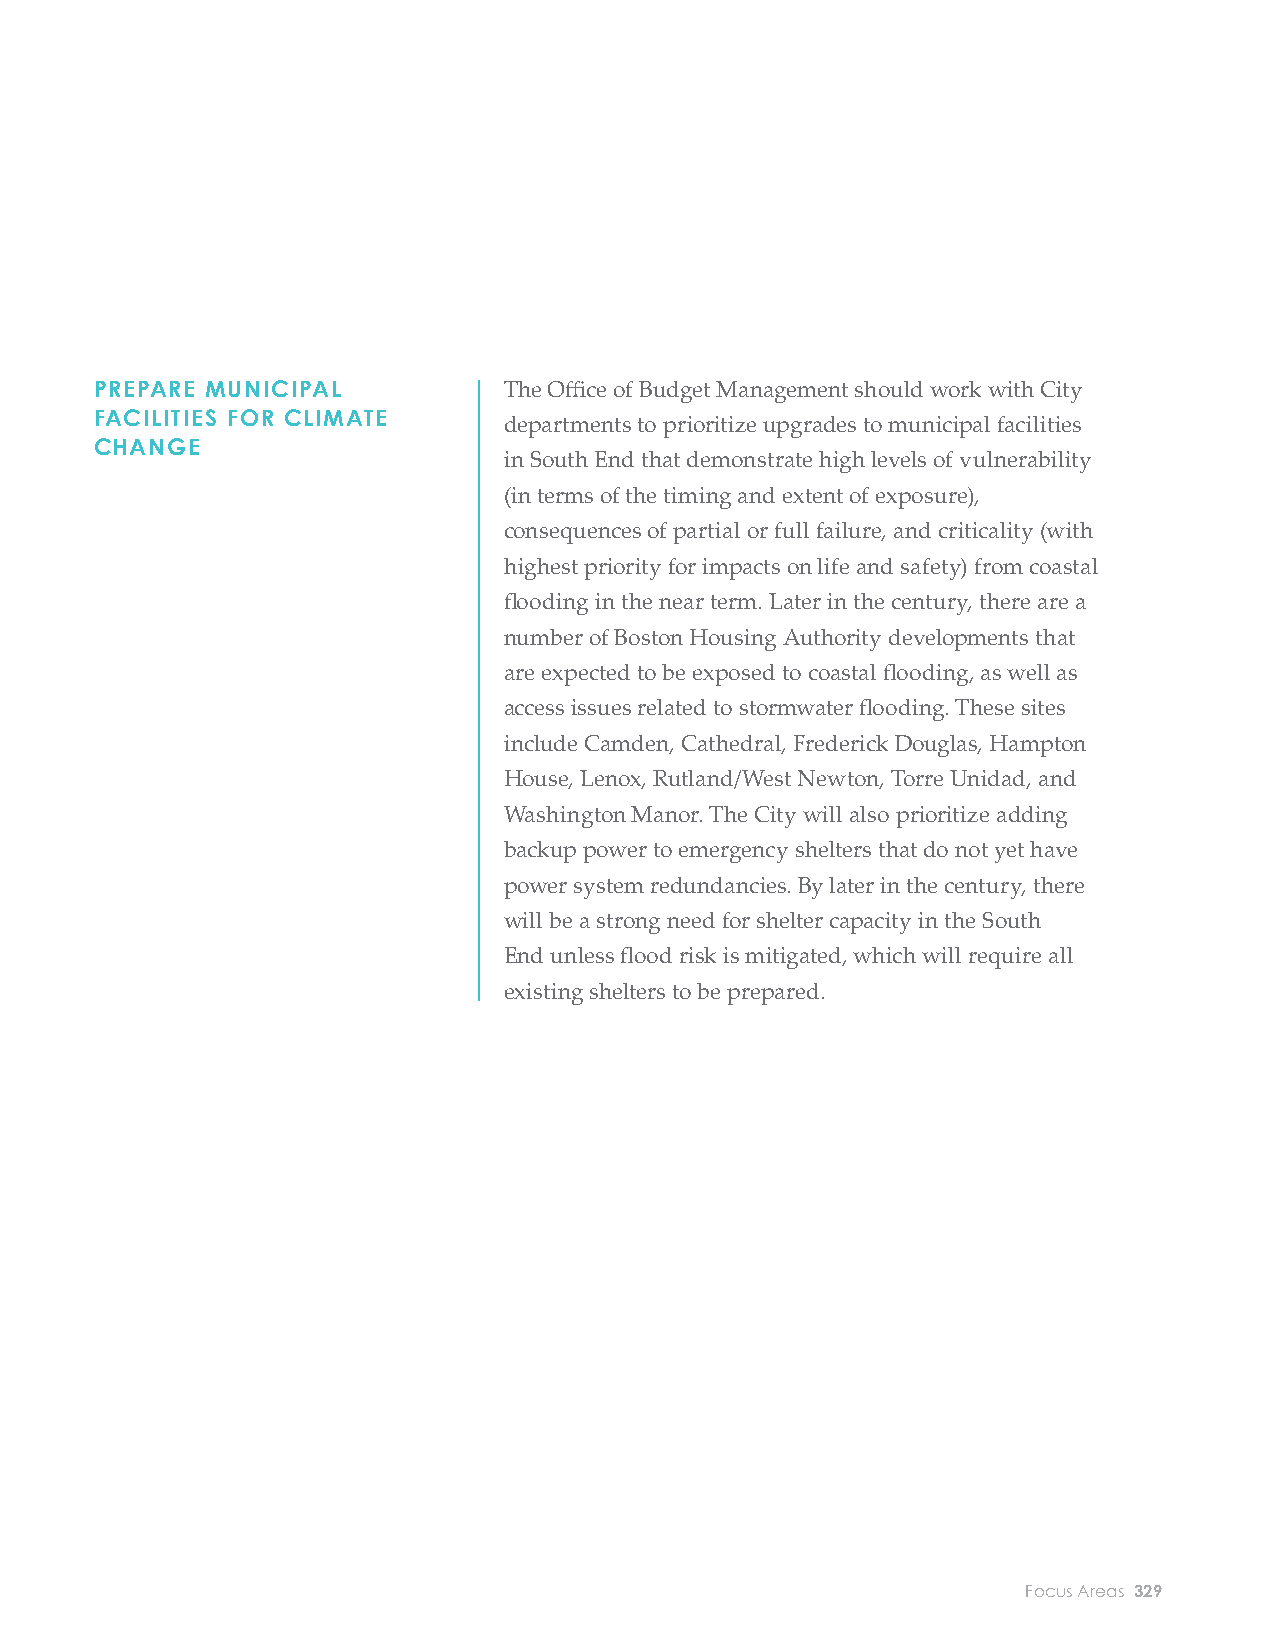
ADAPTED BUILDINGS Upon amending the zoning code to support climate PREPARE MUNICIPAL The Offi ce of Budget Management should work with City
 readiness (see Initiative 9-2, p.135), the Boston Planning FACILITIES FOR CLIMATE departments to prioritize upgrades to municipal facilities
 CHANGE
 PROMOTE CLIMATE and Development Agency (BPDA) should immediately in South End that demonstrate high levels of vulnerability
 READINESS FOR PROJECTS IN notify all developers with projects in the development (in terms of the timing and extent of exposure),
 THE DEVELOPMENT PIPELINE
 pipeline in the future fl oodplain that they may alter their consequences of partial or full failure, and criticality (with
 plans in a manner consistent with the zoning amendments highest priority for impacts on life and safety) from coastal
 (e.g., elevating their fi rst-fl oor ceilings without violating fl ooding in the near term. Later in the century, there are a
 building height limits), without needing to restart the number of Boston Housing Authority developments that
 BPDA permitt ing process.        are expected to be exposed to coastal fl ooding, as well as
 access issues related to stormwater fl ooding. These sites
 INCORPORATE FUTURE The Boston Planning and Development Agency should include Camden, Cathedral, Frederick Douglas, Hampton
 CLIMATE CONDITIONS INTO incorporate future climate considerations (long-term House, Lenox, Rutland/West Newton, Torre Unidad, and
 AREA PLANS AND ZONING
 projections for extreme heat, stormwater fl ooding, and Washington Manor. The City will also prioritize adding
 AMENDMENTS
 coastal and riverine fl ooding) into major planning eff orts backup power to emergency shelters that do not yet have
 in the South End.                power system redundancies. By later in the century, there
 will be a strong need for shelter capacity in the South
 ESTABLISH A CLIMATE READY The City should develop and run a Climate Ready
 End unless fl ood risk is mitigated, which will require all
 BUILDINGS EDUCATION Buildings Education Program and a resilience audit
 existing shelters to be prepared.
 PROGRAM FOR PROPERTY
 program to inform property owners about their current
 OWNERS AND ESTABLISH A
 and future climate risks and actions they can undertake
 RESILIENCE AUDIT PROGRAM
 to address these risks. A resilience audit should help
 property owners identify cost-eff ective, building-specifi c
 improvements to reduce fl ood risk, such as backfl ow
 preventers, elevation of critical equipment, and deployable
 fl ood barriers; promote interventions that address
 stormwater runoff or the urban heat island eff ect, such as
 green roofs or “cool roofs” that refl ect heat; and encourage
 owners to develop operational preparedness plans and
 secure appropriate insurance coverage. The resilience audit
 program should include a combination of mandatory and
 voluntary, market-based and subsidized elements.
 328 City of Boston: Climate Ready Boston                            Focus Areas 329